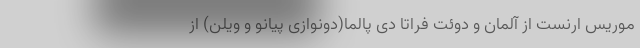
موریس ارنست از آلمان و دوئت فراتا دی پالما(دونوازی پیانو و ویلن) از